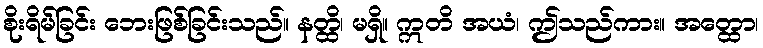
စိုးရိမ်ခြင်း ဘေးဖြစ်ခြင်းသည်။ နတ္ထိ၊ မရှိ။ ဣတိ အယံ၊ ဤသည်ကား။ အတ္ထော၊